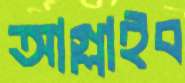
আগ্‌লাইব